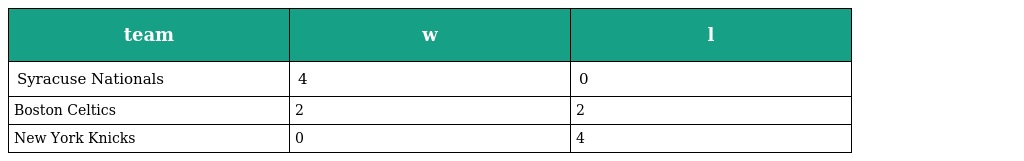
| team | w | l |
 | --- | --- | --- |
 | Syracuse Nationals | 4 | 0 |
 | Boston Celtics | 2 | 2 |
 | New York Knicks | 0 | 4 |